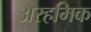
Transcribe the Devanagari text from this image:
अरहमिक